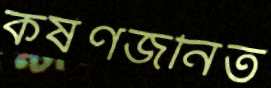
কর্ষণজনিত